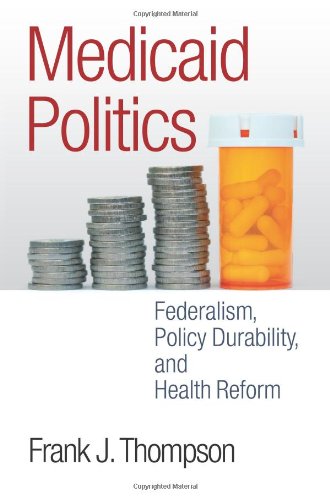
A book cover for Medicaid Politics: Federalism, Policy Durability, and Health Reform (American Government and Public Policy); Frank Thompson; Medical Books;